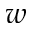
\boldsymbol { w }